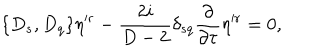
LaTeX: \{ D _ { s } , D _ { q } \} \eta ^ { \prime r } - { \frac { 2 i } { D - 2 } } \delta _ { s q } { \frac { \partial } { \partial { \tau } } } \eta ^ { \prime r } = 0 ,